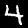
Digit: 4